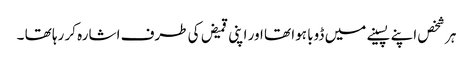
ہر شخص اپنے پسینے میں ڈوبا ہوا تھا اور اپنی قمیض کی طرف اشارہ کر رہا تھا ۔